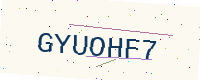
Text: GYUOHF7